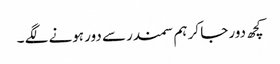
کچھ دور جا کر ہم سمندر سے دور ہونے لگے ۔